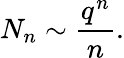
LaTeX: N_{n}\sim{\frac{q^{n}}{n}}.